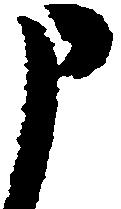
申